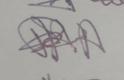
Signature authenticity: genuine